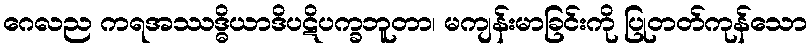
ဂေလည ကရအဿဒ္ဓိယာဒိပဋိပက္ခဘူတာ၊ မကျန်းမာခြင်းကို ပြုတတ်ကုန်သော